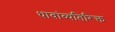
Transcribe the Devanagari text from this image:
धावांव्यतिरिक्त